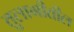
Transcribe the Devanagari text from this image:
तुलागीतील